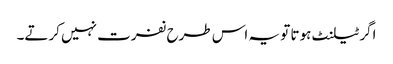
اگر ٹیلنٹ ہوتا تو یہ اس طرح نفرت نہیں کرتے۔